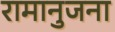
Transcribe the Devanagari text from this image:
रामानुजना